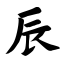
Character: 辰